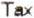
TAX